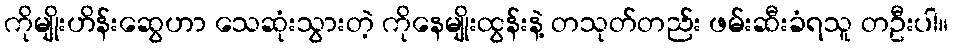
ကိုမျိုးဟိန်းဆွေဟာ သေဆုံးသွားတဲ့ ကိုနေမျိုးထွန်းနဲ့ တသုတ်တည်း ဖမ်းဆီးခံရသူ တဦးပါ။